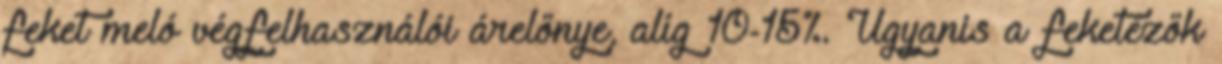
feket meló végfelhasználói árelőnye, alíg 10-15%. Ugyanis a feketézők